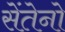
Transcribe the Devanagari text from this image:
सेंतेनो